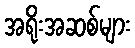
အရိုးအဆစ်များ